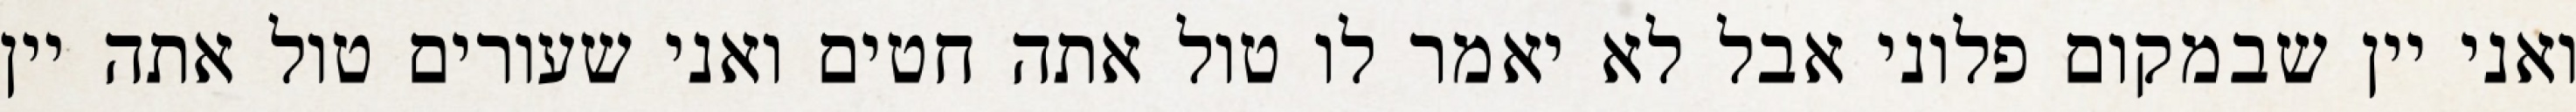
ואני יין שבמקום פלוני אבל לא יאמר לו טול אתה חטים ואני שעורים טול אתה יין